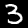
Digit: 3